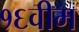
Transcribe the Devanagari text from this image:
१६वीम